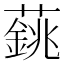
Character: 𦾺